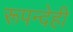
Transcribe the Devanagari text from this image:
रूपन्देही